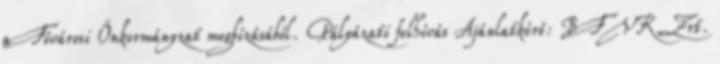
a Fővárosi Önkormányzat megbízásából. Pályázati felhívás Ajánlatkérő: BFVK Zrt.